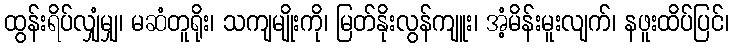
ထွန်းရိပ်လျှံမျှ၊ မဆံတူရိုး၊ သကျမျိုးကို၊ မြတ်နိုးလွန်ကျူး၊ အံ့မိန်းမူးလျက်၊ နဖူးထိပ်ပြင်၊